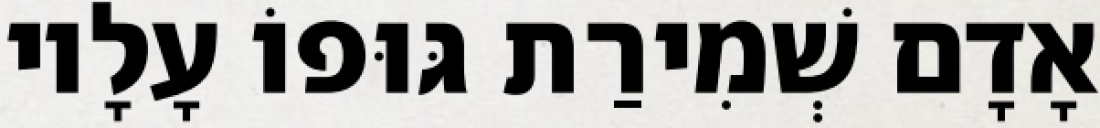
אָדָם שְׁמִירַת גּוּפוֹ עָלָיו